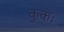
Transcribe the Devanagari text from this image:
कुकः